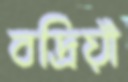
বদ্রিয়াঁ